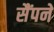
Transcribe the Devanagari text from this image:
सैंपने